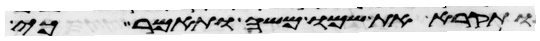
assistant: ותקרא את שמו משה ותאמר כי